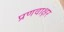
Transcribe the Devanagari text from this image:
प्रणवाक्षर